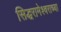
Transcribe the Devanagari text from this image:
सिद्धरामेश्वराच्या